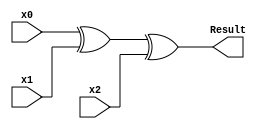
/*
* -----------------------------------------------------------------
* DOCUMENT: "Second-Order Low-Randomness d+1 Hardware Sharing of the AES" CCS'22
* -----------------------------------------------------------------
*
* Copyright (c) 2022, Aein Rezaei Shahmirzadi
*
* All rights reserved.
*
* THIS SOFTWARE IS PROVIDED BY THE COPYRIGHT HOLDERS AND CONTRIBUTORS "AS IS" AND
* ANY EXPRESS OR IMPLIED WARRANTIES, INCLUDING, BUT NOT LIMITED TO, THE IMPLIED
* WARRANTIES OF MERCHANTABILITY AND FITNESS FOR A PARTICULAR PURPOSE ARE
* DISCLAIMED. IN NO EVENT SHALL THE COPYRIGHT HOLDER OR CONTRIBUTERS BE LIABLE FOR ANY
* DIRECT, INDIRECT, INCIDENTAL, SPECIAL, EXEMPLARY, OR CONSEQUENTIAL DAMAGES
* (INCLUDING, BUT NOT LIMITED TO, PROCUREMENT OF SUBSTITUTE GOODS OR SERVICES;
* LOSS OF USE, DATA, OR PROFITS; OR BUSINESS INTERRUPTION) HOWEVER CAUSED AND
* ON ANY THEORY OF LIABILITY, WHETHER IN CONTRACT, STRICT LIABILITY, OR TORT
* (INCLUDING NEGLIGENCE OR OTHERWISE) ARISING IN ANY WAY OUT OF THE USE OF THIS
* SOFTWARE, EVEN IF ADVISED OF THE POSSIBILITY OF SUCH DAMAGE.
*
* Please see LICENSE and README for license and further instructions.
*/

module XOR_3n
#(parameter integer n = 1)
	( 	input [n-1:0] x0,
		input [n-1:0] x1,
		input [n-1:0] x2,
		output [n-1:0] Result
    );

	assign Result = x0 ^ x1 ^ x2;
	
endmodule